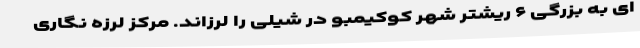
ای به بزرگی ۶ ریشتر شهر کوکیمبو در شیلی را لرزاند. مرکز لرزه نگاری